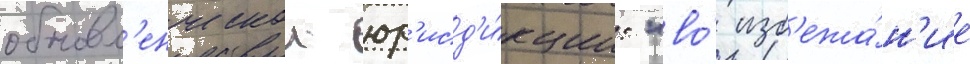
обновл'енческои юр'исд'и́кции: "во́ изб'ежа́н'ие